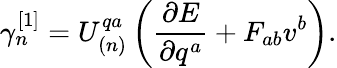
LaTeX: \gamma_{n}^{\left[1\right]}=U_{\left(n\right)}^{qa}\left(\frac{\partial E}{\partial q^{a}}+F_{ab}v^{b}\right).